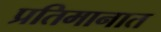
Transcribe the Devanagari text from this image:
प्रतिमानात